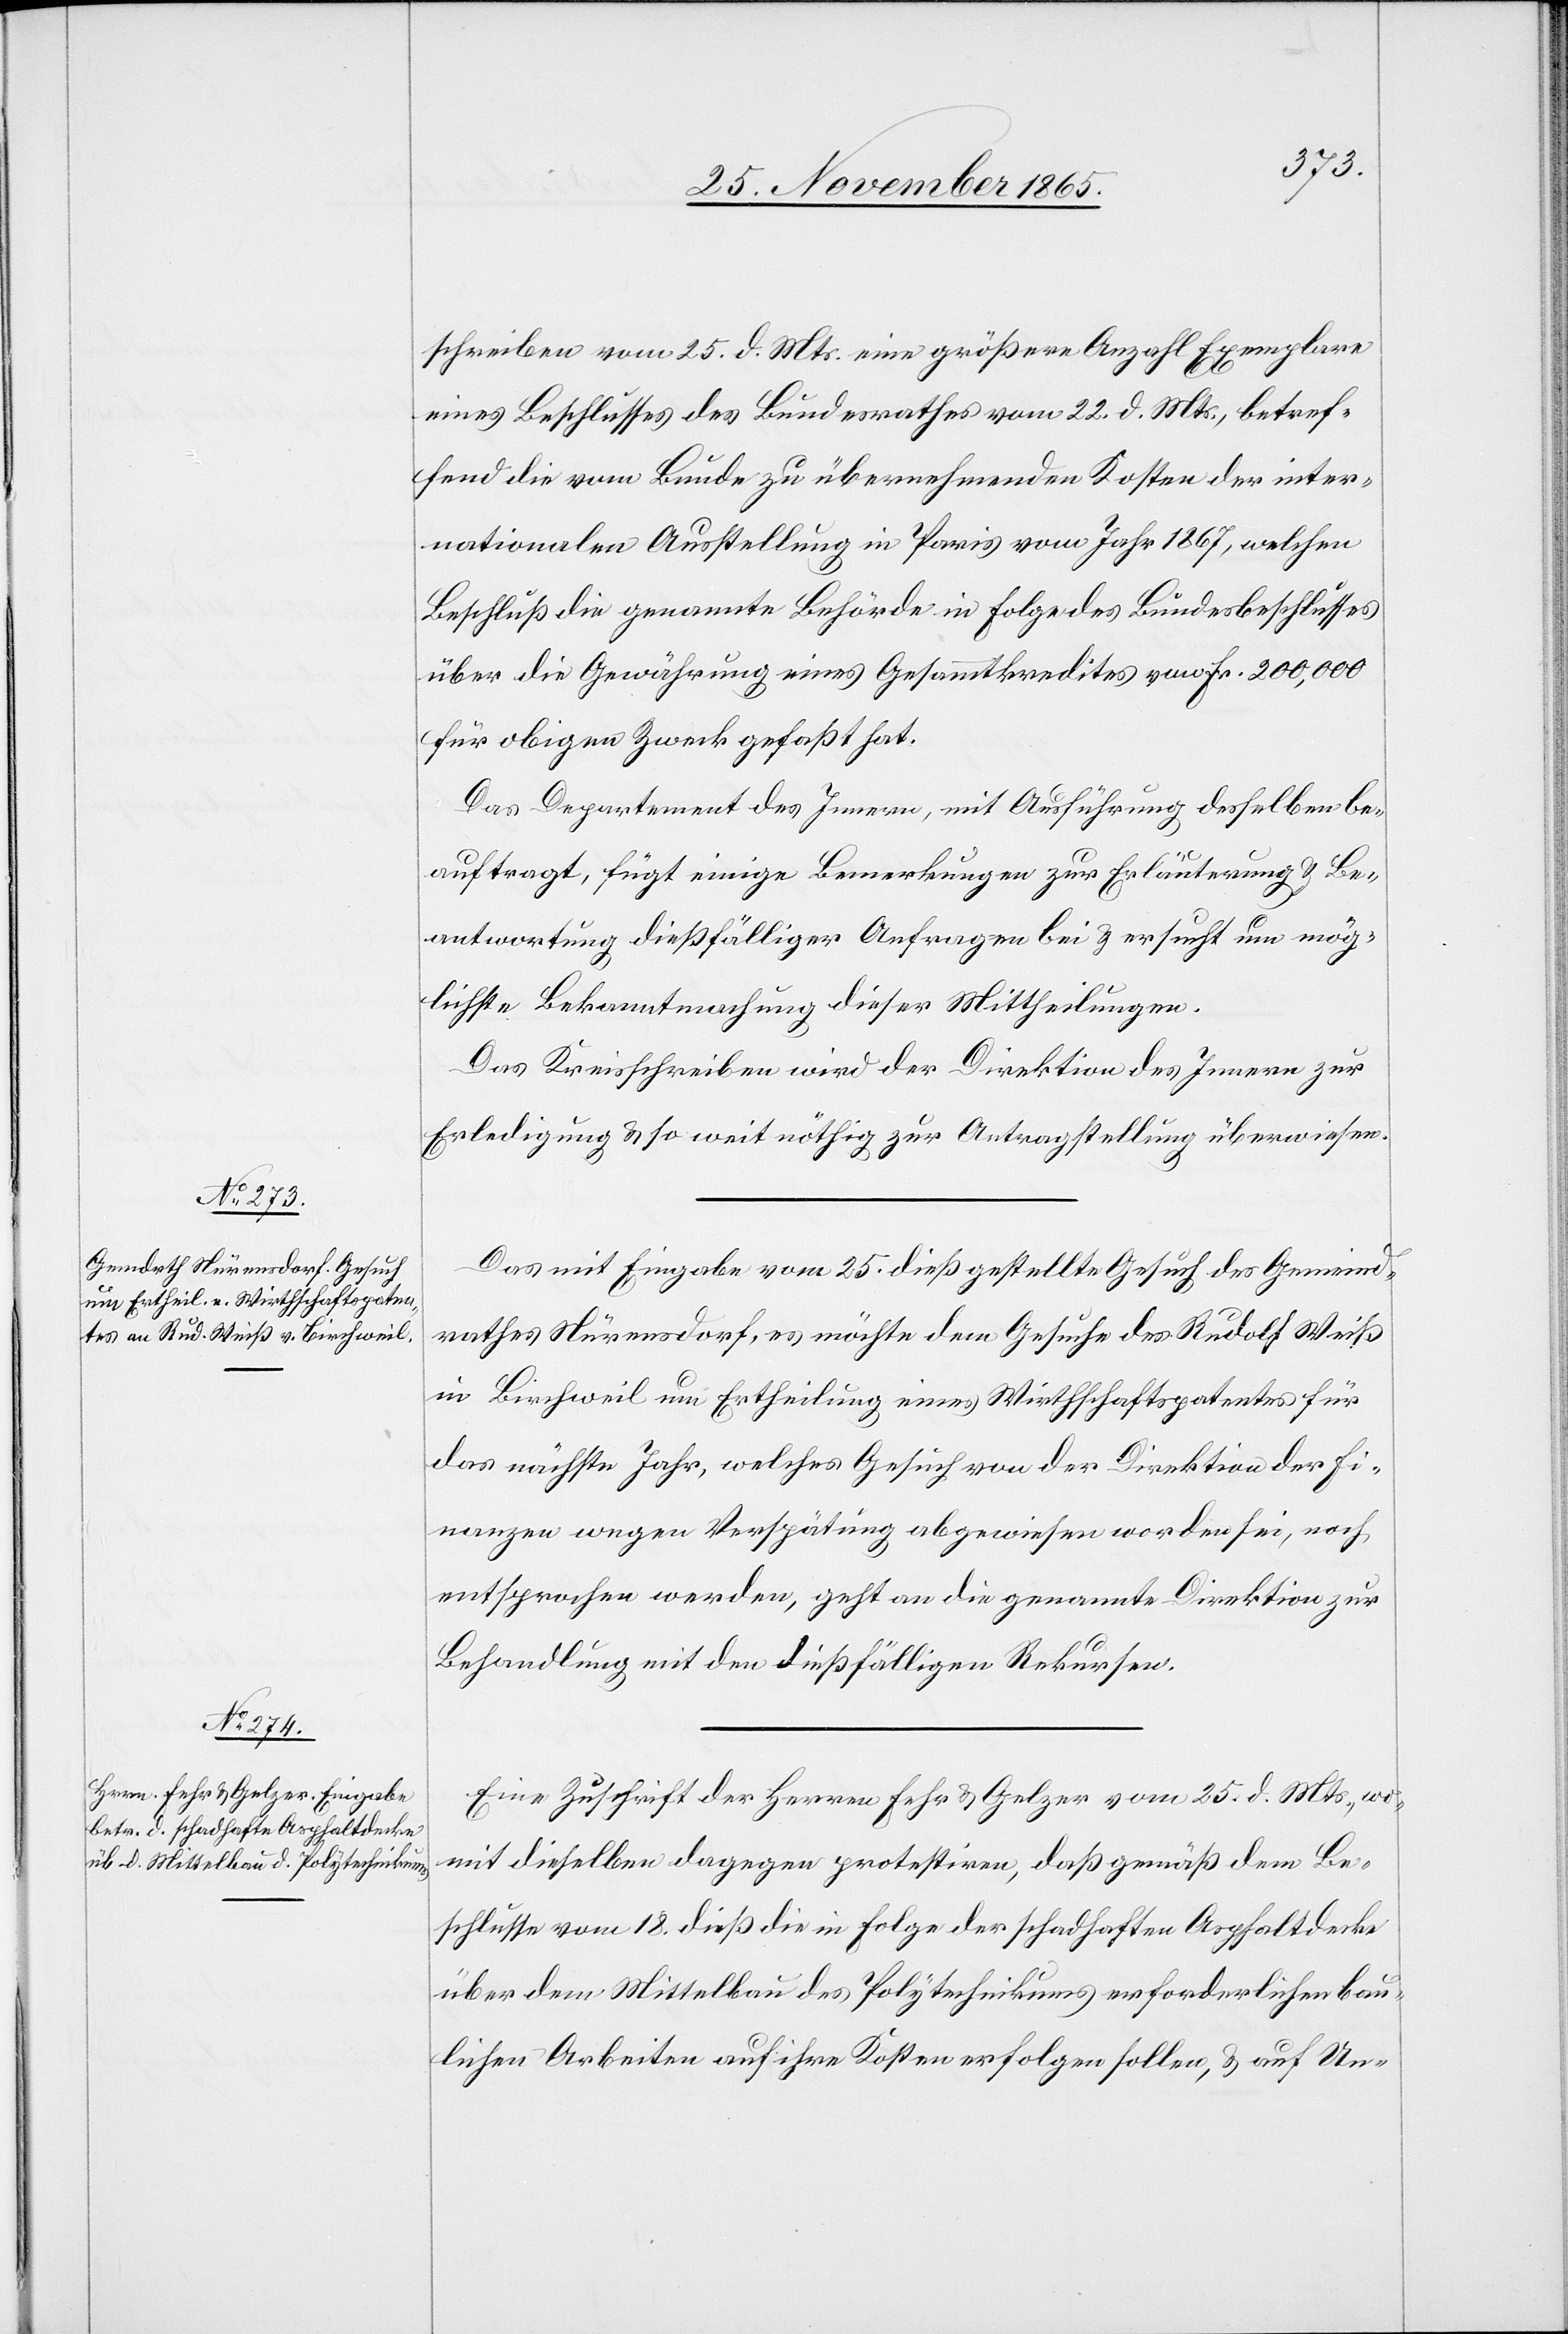
27. November 1865.]
schreiben vom 25. d. Mts. eine größere Anzahl Exemplare
eines Beschlusses des Bundesrathes vom 22. d. Mts., betref¬
fend die vom Bunde zu übernehmenden Kosten der inter¬
nationalen Ausstellung in Paris vom Jahr 1867, welchen
Beschluß die genannte Behörde in Folge des Bundesbeschlusses
über die Gewährung eines Gesammtkredites von Fr. 200,000
für obigen Zweck gefasst hat.
Das Departement des Innern, mit Ausführung desselben be¬
auftragt, fügt einige Bemerkungen zur Erläuterung & Be¬
antwortung dießfälliger Anfragen bei & ersucht um mög¬
lichste Bekanntmachung dieser Mittheilungen.
Das Kreisschreiben wird der Direktion des Innern zur
Erledigung & so weit nöthig zur Antragstellung überwiesen.
Das mit Eingabe vom 25. dieß gestellte Gesuch des Gemeind¬
rathes Nürensdorf, es möchte dem Gesuche des Rudolf Weiß
in Birchweil um Ertheilung eines Wirthschaftspatentes für
das nächste Jahr, welches Gesuch von der Direktion der Fi¬
nanzen wegen Verspätung abgewiesen worden sei, noch
entsprochen werden, geht an die genannte Direktion zur
Behandlung mit den dießfälligen Rekursen.
Eine Zuschrift der Herren Fehr & Gelzer vom 25. d. Mts., wo¬
mit dieselben dagegen protestiren, daß gemäß dem Be¬
schlusse vom 18. dieß die in Folge der schadhaften Asphaltdecke
über dem Mittelbau des Polytechnikums erforderlichen bau¬
lichen Arbeiten auf ihre Kosten erfolgen sollen, & auf Un-